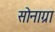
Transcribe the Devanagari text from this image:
सोनाग्रा